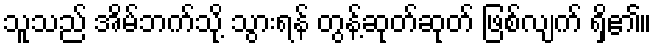
သူသည် အိမ်ဘက်သို့ သွားရန် တွန့်ဆုတ်ဆုတ် ဖြစ်လျက် ရှိ၏။